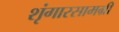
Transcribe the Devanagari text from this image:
शृंगारसामग्री